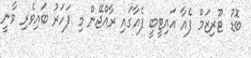
ބޮޑު ޓޫރިޒަމް ފެއާ އައިޓީބީ ފެއާގައި ރާއްޖޭން މި ފަހަރު ބައިވެރި ވާނީ